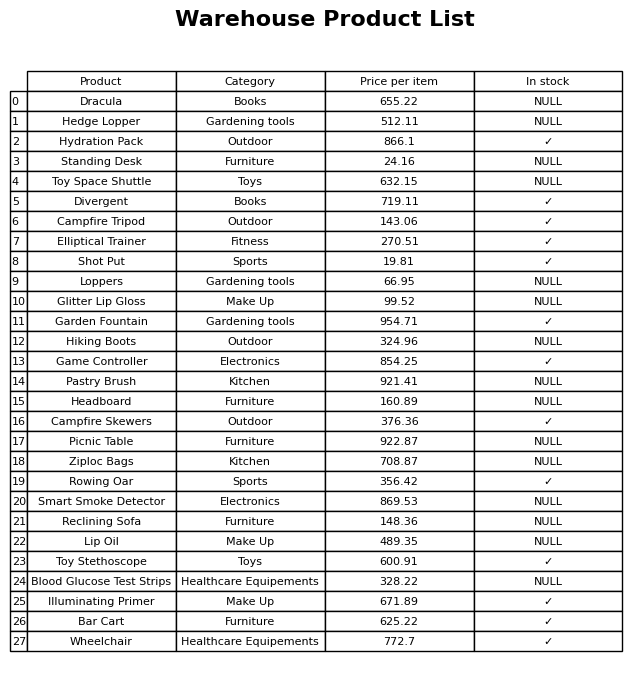
question: What is the price of the Standing Desk?
answer: The price of Standing Desk is 24.16.